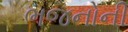
ભજનોની